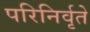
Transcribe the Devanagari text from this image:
परिनिर्वृते